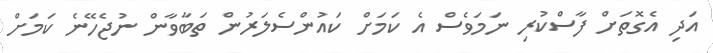
އަދި އެގޮތަށް ފާސްކުރި ނަމަވެސް އެ ކަމަށް ކައުންސެލަރުން ތަބާވާން ނުޖެހޭނެ ކަމަށް